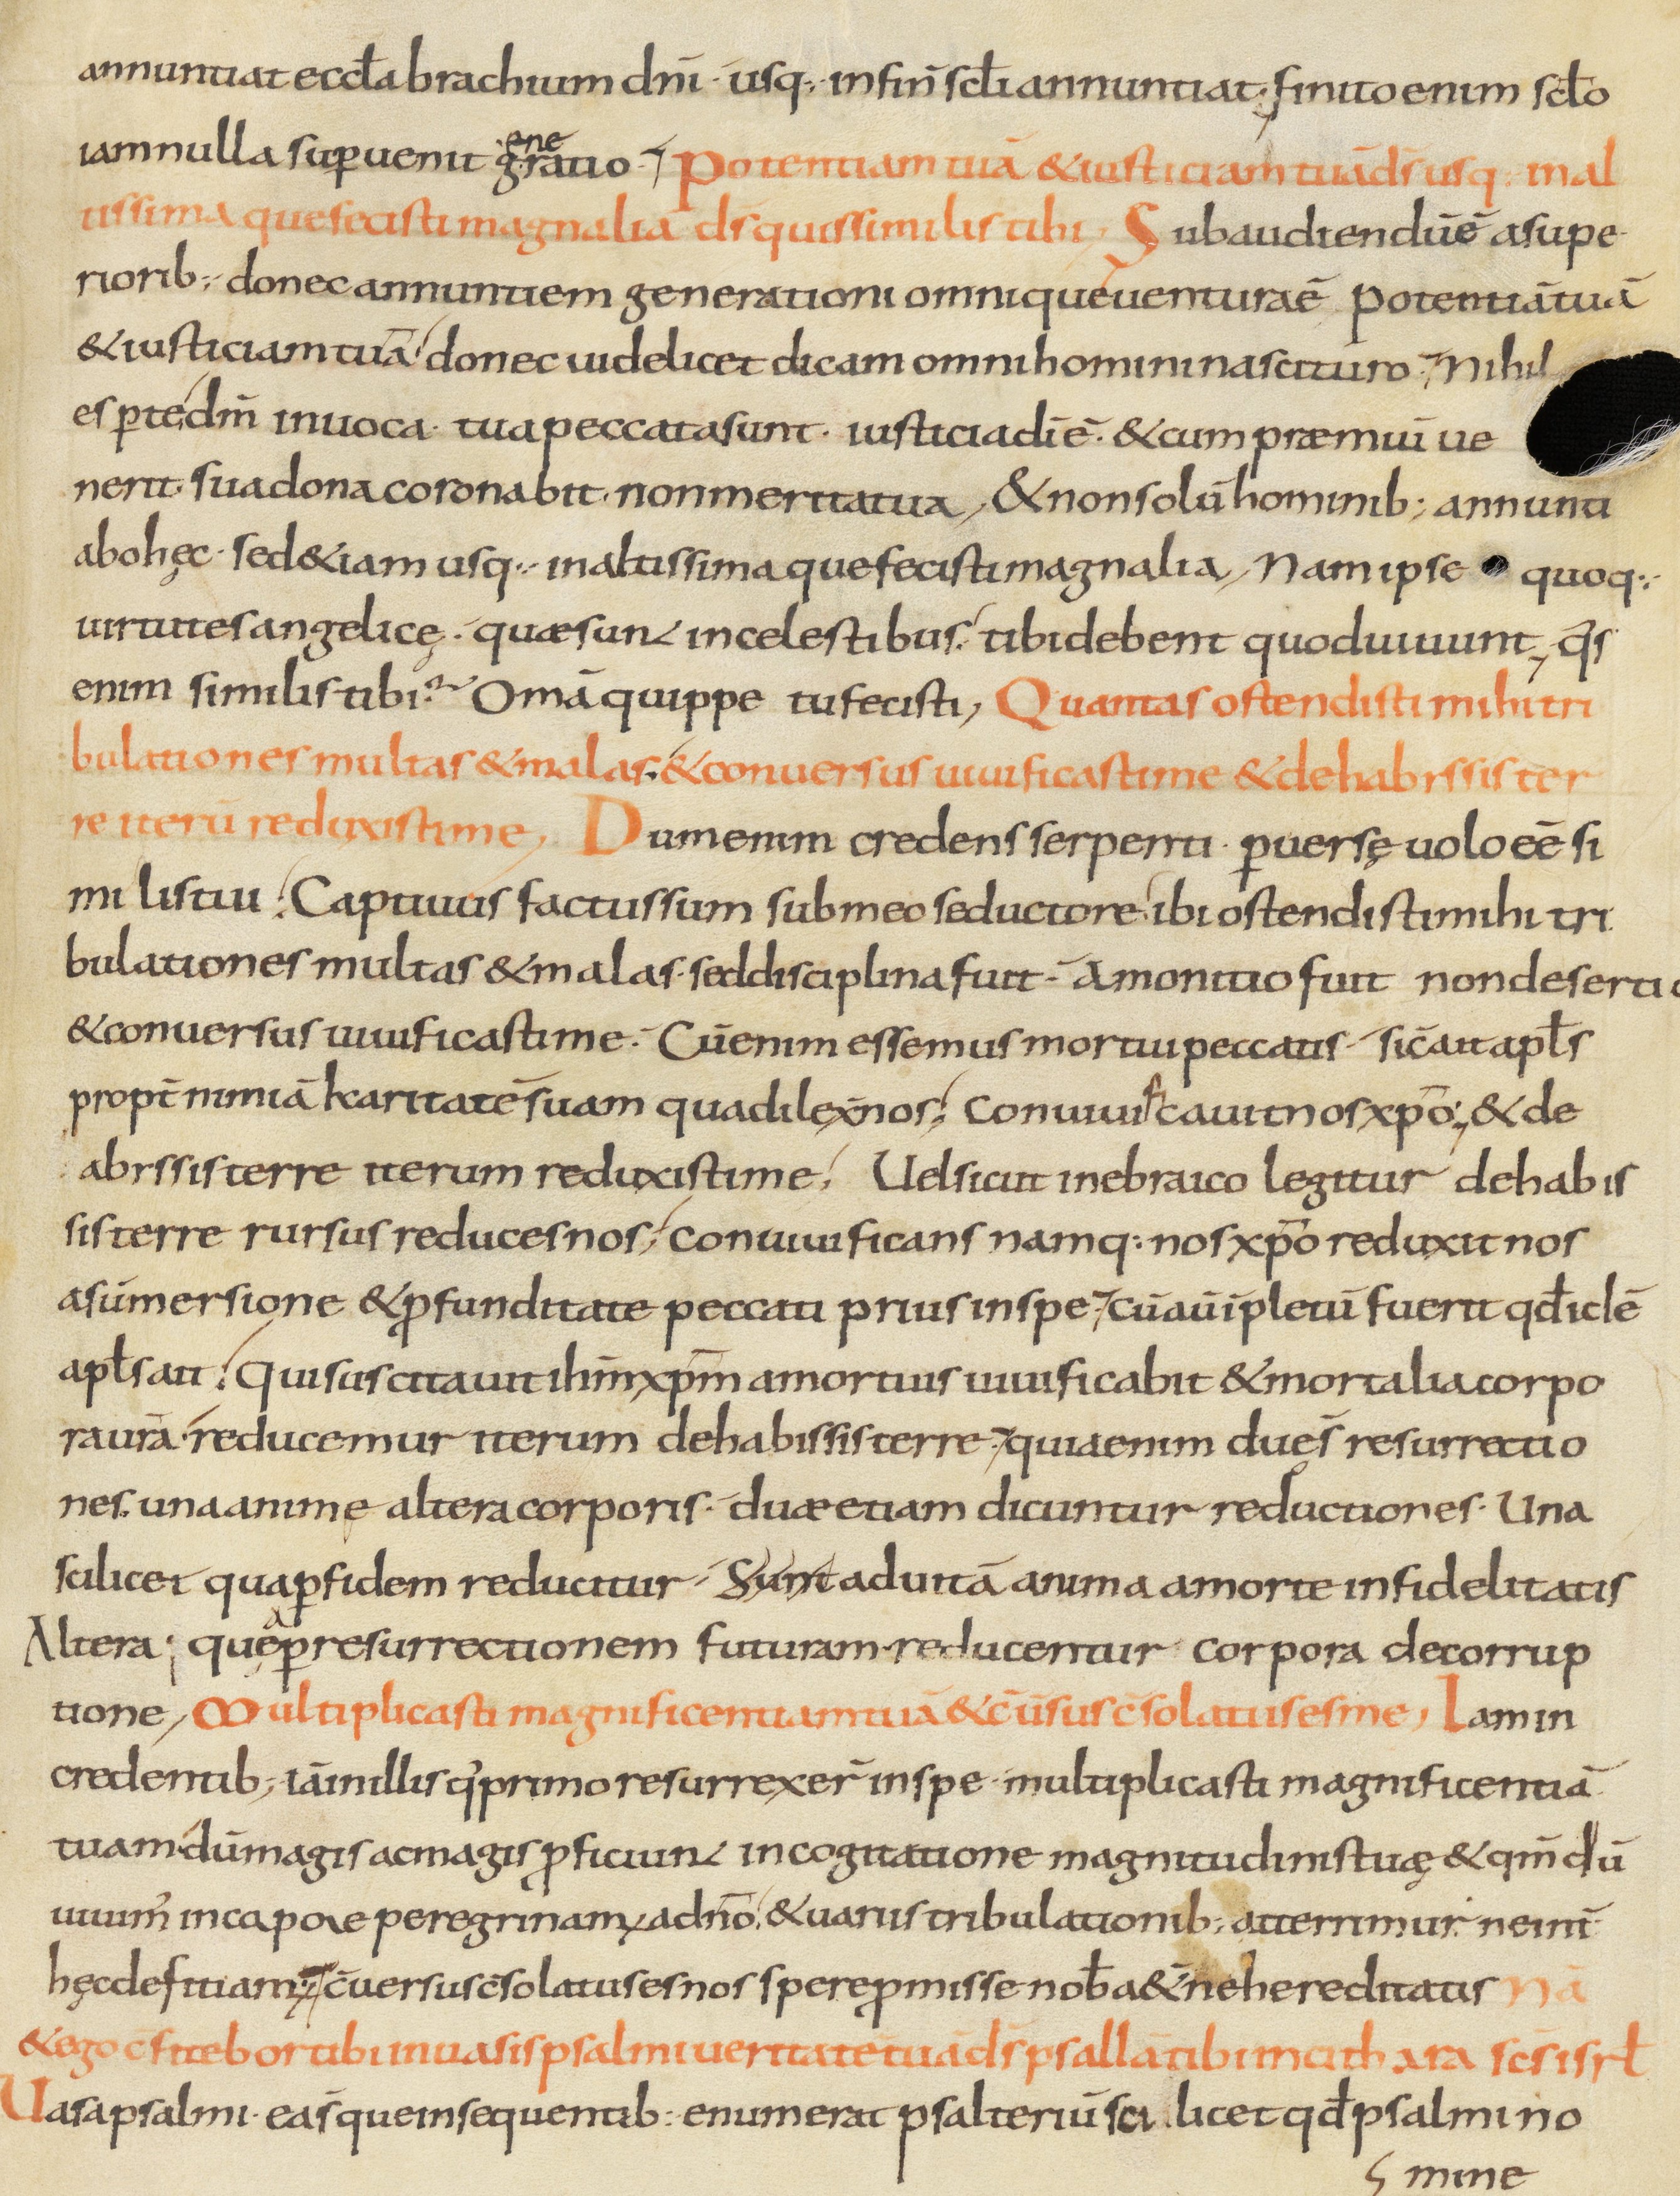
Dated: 800–899